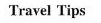
Travel Tips